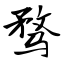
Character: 骛